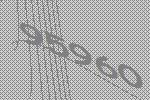
95960